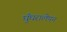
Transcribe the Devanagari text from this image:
घुँघरालेपन